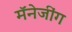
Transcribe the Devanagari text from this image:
मॅनेजींग